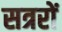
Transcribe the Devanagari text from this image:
सत्ररों